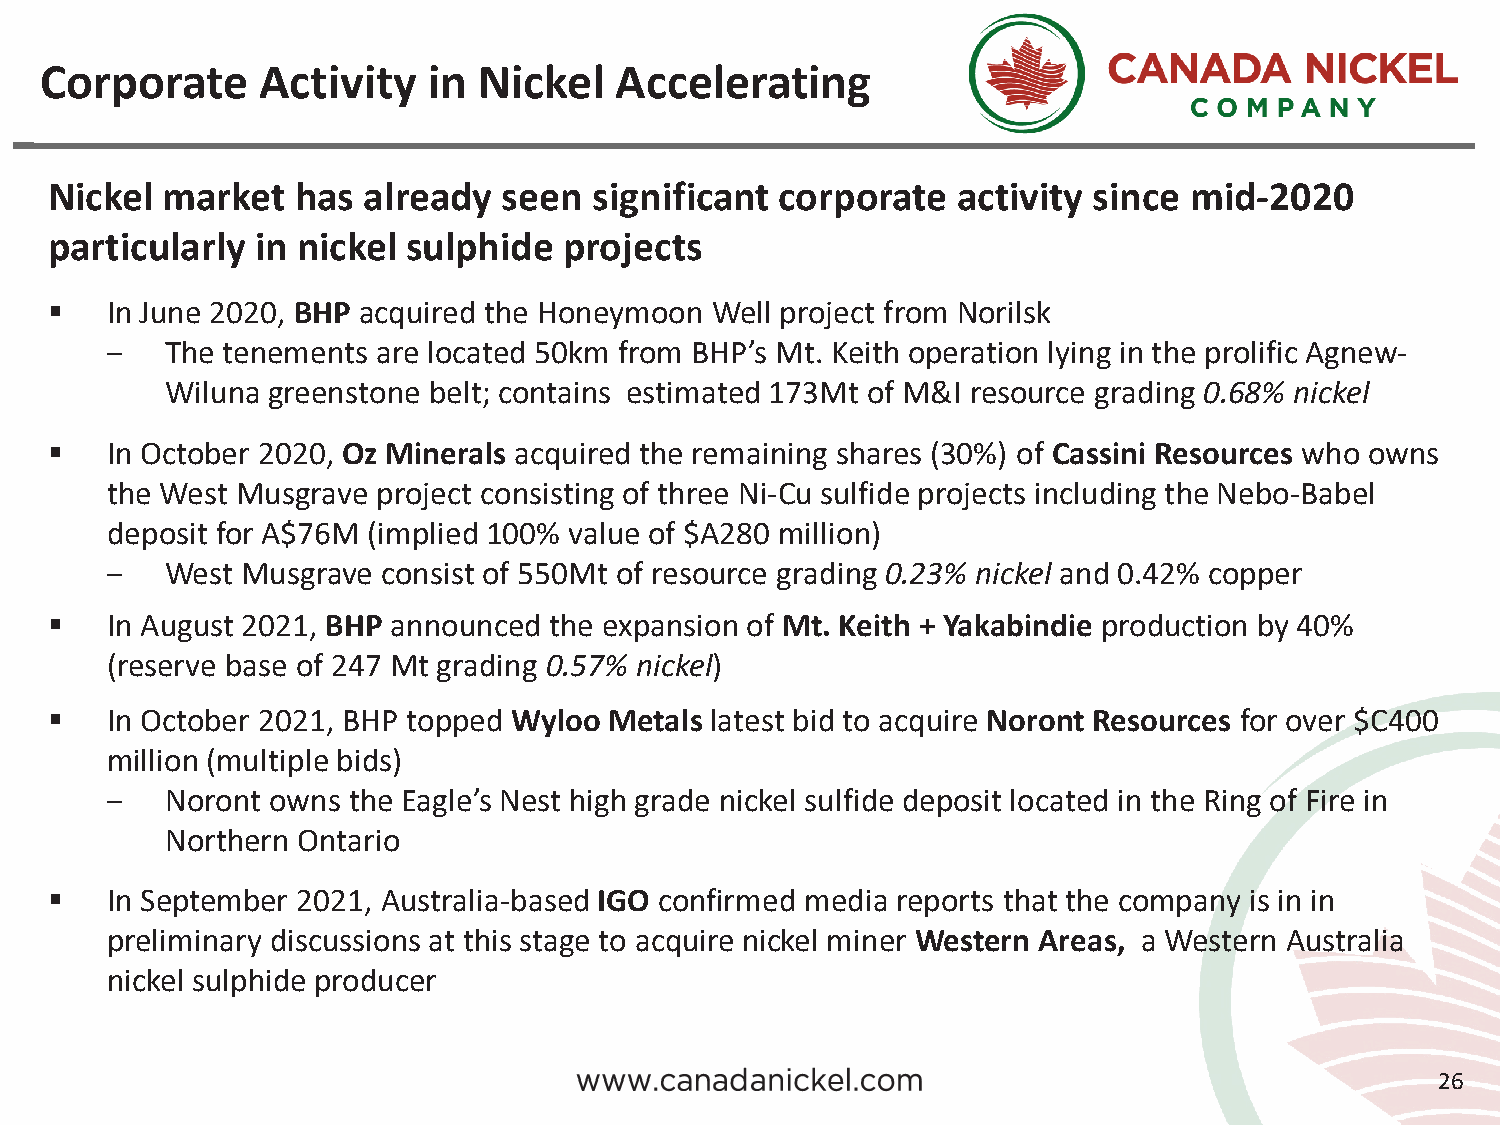
Corporate     Activity   in  Nickel   Accelerating
 Nickel  market   has already  seen  significant  corporate  activity since  mid-2020
 particularly  in nickel sulphide  projects
    In June 2020, BHP acquired the Honeymoon Well project from Norilsk
 ‒   The tenements are located 50km from BHP’s Mt. Keith operation lying in the prolific Agnew-
 Wiluna greenstone belt; contains estimated 173Mt of M&I resource grading 0.68% nickel
    In October 2020, Oz Minerals acquired the remaining shares (30%) of Cassini Resources who owns
 the West Musgrave project consisting of three Ni-Cu sulfide projects including the Nebo-Babel
 deposit for A$76M (implied 100% value of $A280 million)
 ‒   West Musgrave consist of 550Mt of resource grading 0.23% nickel and 0.42% copper
    In August 2021, BHP announced the expansion of Mt. Keith + Yakabindie production by 40%
 (reserve base of 247 Mt grading 0.57% nickel)
    In October 2021, BHP topped Wyloo Metals latest bid to acquire Noront Resources for over $C400
 million (multiple bids)
 ‒   Noront owns the Eagle’s Nest high grade nickel sulfide deposit located in the Ring of Fire in
 Northern Ontario
    In September 2021, Australia-based IGO confirmed media reports that the company is in in
 preliminary discussions at this stage to acquire nickel miner Western Areas, a Western Australia
 nickel sulphide producer
 26